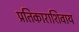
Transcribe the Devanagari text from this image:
प्रतिकाराशिवाय